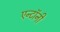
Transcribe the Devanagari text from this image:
एन्टॉनी